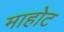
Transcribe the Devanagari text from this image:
माहोट